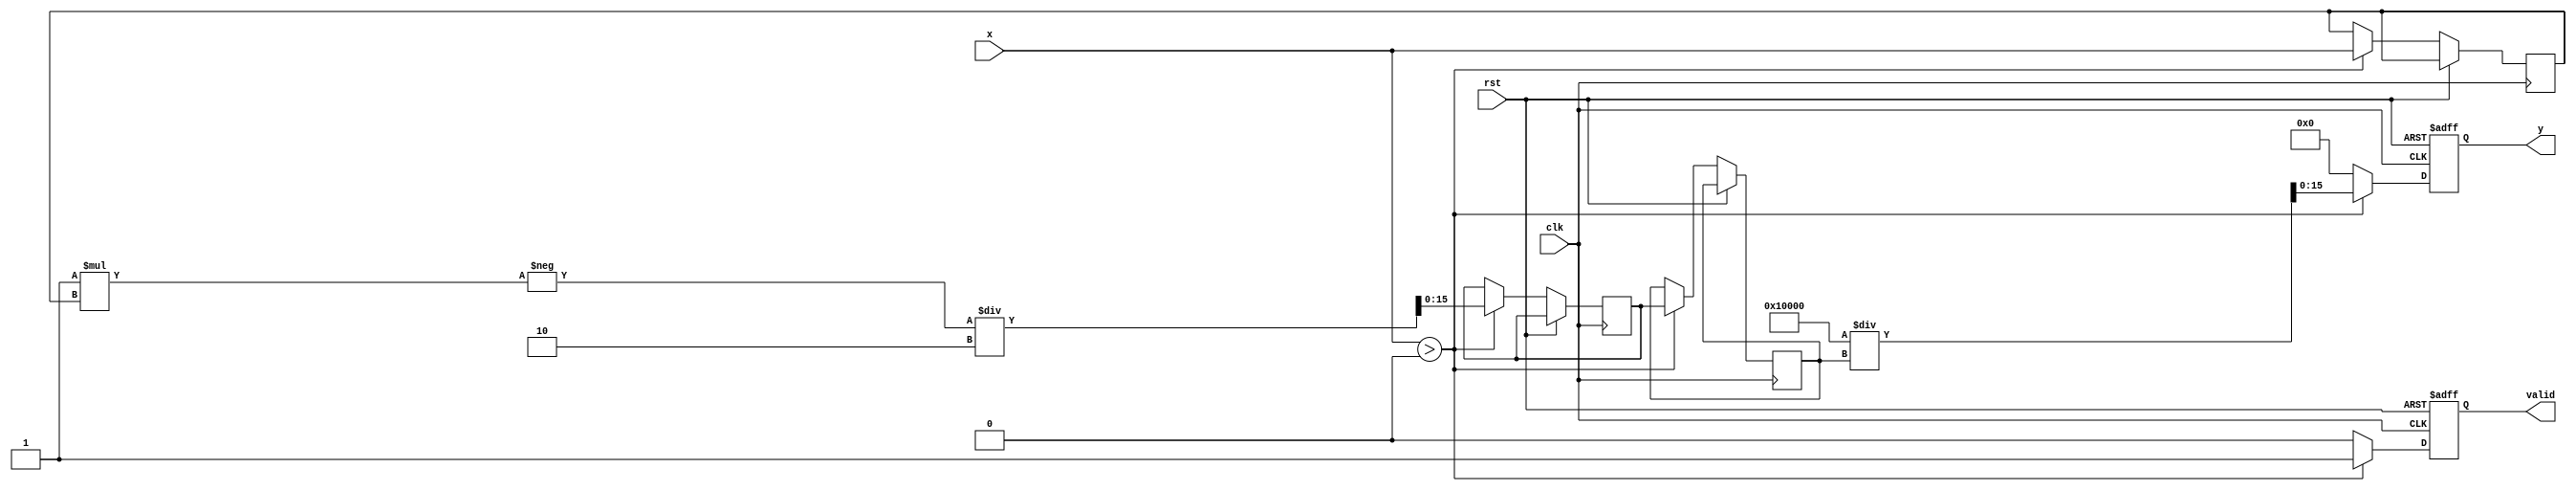
module fractional_order_reciprocal #(
    parameter INPUT_WIDTH = 16,      // Width of the input
    parameter OUTPUT_WIDTH = 16,     // Width of the output
    parameter N = 1,                  // Numerator of the fractional power
    parameter M = 2                   // Denominator of the fractional power
)(
    input wire [INPUT_WIDTH-1:0] x,  // Input value
    input wire clk,                   // Clock signal
    input wire rst,                   // Reset signal
    output reg [OUTPUT_WIDTH-1:0] y,  // Output value
    output reg valid                  // Output valid signal
);

    // Internal signals
    reg [INPUT_WIDTH-1:0] log_x;     // Logarithm of x
    reg [INPUT_WIDTH-1:0] exp_value;  // Exponential value
    reg [OUTPUT_WIDTH-1:0] x_power;   // x^(n/m)

    // Logarithm and exponential approximation (stub)
    function [INPUT_WIDTH-1:0] log_approx;
        input [INPUT_WIDTH-1:0] value;
        // Simple approximation or lookup table can be implemented here
        begin
            // Placeholder for logarithm calculation
            log_approx = value; // Replace with actual log calculation
        end
    endfunction

    function [INPUT_WIDTH-1:0] exp_approx;
        input [INPUT_WIDTH-1:0] value;
        // Simple approximation or lookup table can be implemented here
        begin
            // Placeholder for exponential calculation
            exp_approx = value; // Replace with actual exp calculation
        end
    endfunction

    always @(posedge clk or posedge rst) begin
        if (rst) begin
            y <= 0;
            valid <= 0;
        end else begin
            if (x > 0) begin
                // Compute log(x)
                log_x <= log_approx(x);
                
                // Compute -N/M * log(x)
                exp_value <= -(N * log_x) / M;
                
                // Compute x^(n/m)
                x_power <= exp_approx(exp_value);
                
                // Compute reciprocal
                y <= (1 << OUTPUT_WIDTH) / x_power; // 1 << OUTPUT_WIDTH is equivalent to 2^OUTPUT_WIDTH
                valid <= 1;
            end else begin
                // Handle invalid input (zero or negative)
                y <= 0; // or some error signal
                valid <= 0;
            end
        end
    end

endmodule